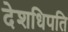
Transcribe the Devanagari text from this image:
देशधिपति